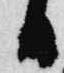
日